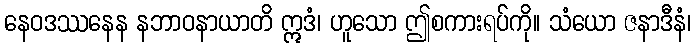
နေဝဒဿနေန နဘာဝနာယာတိ ဣဒံ၊ ဟူသော ဤစကားရပ်ကို။ သံယော ဇနာဒီနံ၊